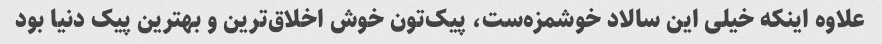
علاوه اینکه خیلی این سالاد خوشمزه‌ست، پیک‌تون خوش اخلاق‌ترین و بهترین پیک دنیا بود